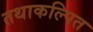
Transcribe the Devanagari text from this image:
तथाकल्पित